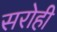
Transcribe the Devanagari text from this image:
सरोही